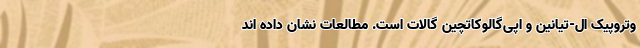
وتروپیک ال-تیانین و اپی‌گالوکاتچین گالات است. مطالعات نشان داده اند